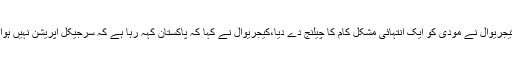
مودی کے حریف اور دلی کے وزیراعلیٰ اروند کیجریوال نے مودی کو ایک انتہائی مشکل کام کا چیلنج دے دیا،کیجریوال نے کہا کہ پاکستان کہہ رہا ہے کہ سرجیکل آپریشن نہیں ہوا، مودی ثابت کر کے دکھائیں کہ آپریشن ہوا ہے۔